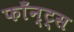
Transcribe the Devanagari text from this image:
फाँन्‍ट्‌स